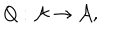
Q : { \cal A } \rightarrow { \cal A } , \; \;